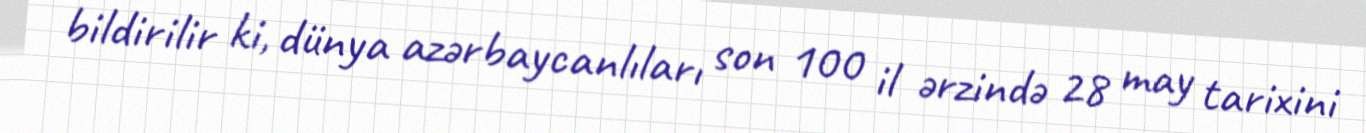
bildirilir ki, dünya azərbaycanlıları son 100 il ərzində 28 may tarixini